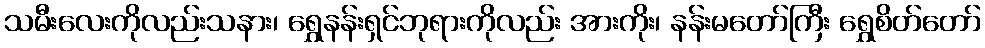
သမီးလေးကိုလည်းသနား၊ ရွှေနန်းရှင်ဘုရားကိုလည်း အားကိုး၊ နန်းမတော်ကြီး ရွှေစိတ်တော်